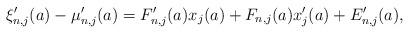
LaTeX: \begin{align*}\xi'_{n,j}(a)-\mu'_{n,j}(a)=F'_{n,j}(a)x_{j}(a)+F_{n,j}(a)x'_{j}(a)+E'_{n,j}(a),\end{align*}